Calcutta medical institutions reports 1879-81 [i.e.91]
Year: 1879
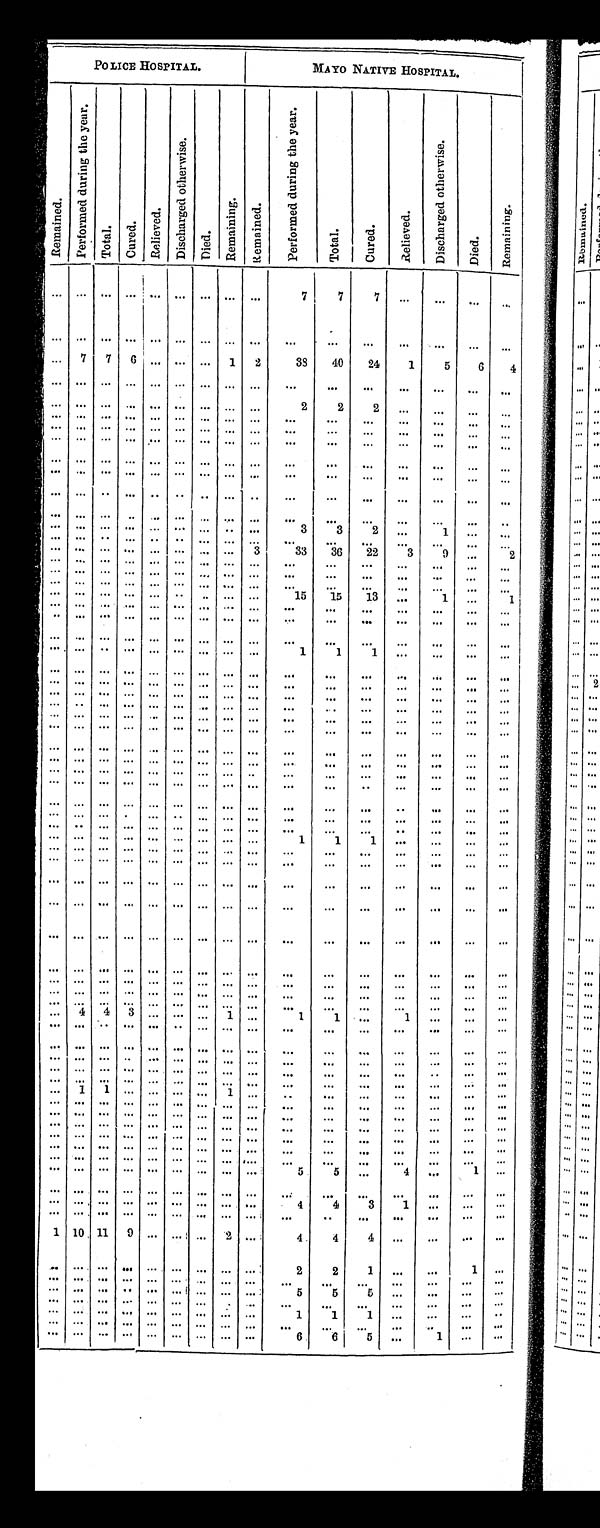
POLICE HOSPITAL.
MAYO NATIVE HOSPITAL.
R e m a i n e d .
P e r f o r m e d d u r i n g t h e y e a r .
Tot al .
C u r e d .
R e l i e v e d .
Di s c h a r g e d o t h e r wi s e
Di e d .
Remai ni ng.
R e m a i n e d .
P e r f o r m e d d u r i n g t h e y e a r .
T o t a l .
C u r e d .
R e l i e v e d .
D i s c h a r g e d o t h e r w i s e .
D i e d .
R e m a i n i n g .
. . .
. . . . . . . . .
. . . . . . . . . . . . . . .
7
7
7
. . .
. . .
. . .
. . .
. . .
. . . . . . . . .
. . .
. . . . . . . . . . . .
. . .
. . .
. . .
. . .
. . .
. . .
. . .
. . . 7
7
6
. . . . . . . . .
1
2
38
40
24
1
5
6
4
. . .
. . . . . .
. . .
. . . . . . . . . . . .
. . .
. . .
. . .
. . .
. . .
. . .
. . .
. . .
. . .
. . . . . .
. . .
. . . . . . . . . . . .
. . .
2
2
2
. . .
. . .
. . .
. . .
. . .
. . .
. . .
. . .
. . . . . . . . . . . .
. . .
. . .
. . .
. . .
. . .
. . .
. . .
. . .
. . .
. . .
. . .
. . .
. . . . . . . . . . . .
. . .
. . .
. . .
. . . . . .
. . .
. . .
. . .
. . .
. . .
. . .
. . .
. . . . . . . . . . . .
. . .
. . .
. . .
. . .
. . .
. . .
. . .
. . .
. . .
. . .
. . .
. . .
. . . . . . . . . . . .
. . .
. . .
. . .
. . .
. . .
. . .
. . .
. . .
. . .
. . . . . . . . .
. . .
. . . . . . . . .
. . .
. . .
. . .
. . .
. . .
. . .
. . .
. . .
. . .
. . . . . .
. . .
. . .
. . . . . . . . .
. . .
. . .
. . .
. . .
. . .
. . .
. . .
. . .
. . .
. . .
. . .
. . .
. . . . . . . . . . . .
. . .
. . .
. . .
. . .
. . .
. . .
. . .
. . .
. . .
. . .
. . .
. . .
. . .
. . . . . . . . .
. . .
3
3
2
. . .
1
. . .
. . .
. . .
. . .
. . .
. . .
. . .
. . . . . . . . .
. . .
. . .
. . .
. . .
. . .
. . .
. . .
. . .
. . .
. . . . . . . . .
. . . . . . . . . . . .
3
3 3
36
2 2
3
9
. . .
2
. . .
. . .
. . .
. . .
. . .
. . . . . . . . .
. . .
. . .
. . .
. . .
. . .. . .
. . .
. . .
. . .
. . .
. . .
. . .
. . .
. . . . . . . . .
. . .
. . .
. . .
. . .
. . .
. . .
. . .
. . .
. . .
. . .
. . .
. . .
. . .
. . . . . . . . .
. . .
. . .
. . .
. . .
. . .
. . .
. . .
. . .
. . .
. . .
. . .
. . .
. . .
. . . . . . . . .
. . .
15
15
13
. . .
1
. . .
1
. . .
. . .
. . .
. . .
. . . . . . . . . . . .
. . .
. . .
. . .
. . .
. . .
. . .
. . .
. . .
. . .
. . .
. . .
. . .
. . .
. . . . . . . . .
. . .
. . .
. . .
. . .
. . .
. . .
. . .
. . .
. . .
. . .
. . .
. . .
. . .
. . . . . . . . .
. . .
. . .
. . .
. . .
. . .
. . .
. . .
. . .
. . .
. . .
. . .
. . .
. . .
. . . . . . . . .
. . .
1
1
1
. . .
. . .
. . .
. . .
. . .
. . .
. . .
. . .
. . .
. . . . . . . . .
. . .
. . . . . .
. . .
. . .
. . .
. . .
. . .
. . .
. . .
. . .
. . .
. . .
. . . . . . . . .
. . .
. . . . . .
. . .
. . .
. . .
. . .
. . .
. . .
. . . . . . . . .
. . .. . . . . . . . .
. . .
. . .
. . .
. . .
. . .
. . .
. . .
. . .
. . .
. . .
. . .
. . .
. . .
. . . . . . . . .
. . .
. . .
. . .
. . .
. . .
. . .
. . .
. . .
. . .
. . .
. . .
. . .
. . .
. . . . . . . . .
. . .
. . .
. . .
. . .
. . .
. . .
. . .
. . .
. . .
. . .
. . .
. . .
. . .
. . . . . . . . .
. . .
. . .
. . .
. . .
. . .
. . .
. . .
. . .
. . .
. . .
. . .
. . .
. . .
. . . . . . . . .
. . .
. . .
. . .
. . .
. . .
. . .
. . .
. . .
. . .
. . .
. . .
. . .
. . .
. . . . . . . . .
. . .
. . .
. . .
. . .
. . .
. . .
. . .
. . .
. . .
. . .
. . .
. . .
. . .
. . . . . . . . .
. . . . . .
. . .
. . . . . .
. . .
. . .
. . .
. . .
. . .
. . .
. . .
. . .
. . . . . . . . .
. . .
. . .
. . .
. . .
. . .
. . .
. . .
. . .
. . .
. . .
. . .
. . .
. . .
. . . . . . . . .
. . .
. . .
. . .
. . .
. . .
. . .
. . .
. . .
. . .
. . .
. . .
. . .
. . .
. . . . . . . . .
. . .
. . .
. . .
. . .
. . .
. . .
. . .
. . .
. . .
. . .
. . .
. . .
. . .
. . . . . . . . .
. . .
. . .
. . .
. . .
. . .
. . .
. . .
. . .
. . .
. . .
. . .
. . .
. . .
. . . . . . . . .
. . .
1
1
1
. . .
. . .
. . .
. . .
. . .
. . .
. . .
. . .
. . .
. . . . . . . . .
. . .
. . .
. . .
. . .
. . .
. . .
. . .
. . .
. . .
. . .
. . .
. . .
. . .
. . . . . . . . .
. . .
. . .
. . .
. . .
. . .
. . .
. . .
. . .
. . .
. . .
. . .
. . .
. . .
. . . . . . . . .
. . .
. . .
. . .
. . .
. . .
. . .
. . .
. . .
. . .
. . .
. . .
. . .
. . .
. . . . . . . . .
. . .
. . .
. . .
. . .
. . .
. . .
. . .
. . .
. . .
. . .
. . .
. . .
. . . . . . . . . . . .
. . .
. . .
. . .
. . .
. . .
. . .
. . .
. . .
. . .
. . . . . . . . .
. . .. . . . . . . . .
. . . . . .
. . .
. . .
. . .
. . .
. . .
. . .
. . .
. . .
. . .
. . .
. . .
. . . . . . . . .
. . .
. . .
. . .
. . .
. . .
. . .
. . .
. . .
. . .
. . .
. . .
. . .
. . .
. . . . . . . . .
. . . . . .
. . .
. . .
. . .
. . .
. . .
. . .
. . .
. . .
. . .
. . .
. . .
. . . . . . . . .
. . .
. . .
. . .
. . .
. . .
. . .
. . .
. . .
3
4 4
. . .
. . . . . . . . . 1
. . .
1
1
. . .
1
. . .
. . .
. . .
. . .
. . .
. . .
. . .
. . . . . . . . . . . .
. . .
. . .
. . .
. . .
. . .
. . .
. . .
. . .
. . .
. . .
. . .
. . .
. . . . . . . . . . . .
. . .
. . .
. . .
. . .
. . .
. . .
. . .
. . .
. . .
. . .
. . .
. . .
. . . . . . . . . . . .
. . .
. . .
. . .
. . .
. . .
. . .
. . .
. . .
. . .
. . .
. . .
. . .
. . . . . . . . . . . .
. . .
. . .
. . .
. . .
. . .
. . .
. . .
. . .
. . .
. . .
. . .
. . .
. . . . . . . . . . . .
. . .
. . .
. . .
. . .
. . .
. . .
. . .
. . .
1 1
. . .
1
. . .
. . .. . . . . .
. . . . . .
. . .
. . .
. . .
. . .
. . .
. . .
. . . . . .
. . .
. . . . . . . . . . . . . . .
. . .
. . .
. . .
. . .
. . .
. . . . . .
. . .
. . .
. . . . . . . . .
. . .. . . . . . . . .
. . .
. . .
. . .
. . .
. . .
. . .
. . .
. . .
. . .
. . .
. . .
. . .
. . . . . . . . . . . .
. . .
. . .
. . .
. . .
. . .
. . .
. . .
. . .
. . .
. . .
. . .
. . .
. . . . . . . . . . . .
. . .
. . .
. . .
. . .
. . .
. . .
. . .
. . .
. . .
. . .
. . .
. . .
. . .
. . . . . . . . .
. . .
. . .
. . .
. . .
. . .
. . .
. . .
. . .
. . .
. . . . . . . . .
. . . . . . . . . . . .
. . . . . .
. . .
. . .
. . .
. . .
. . .
. . .
. . .
. . .
. . .
. . .
. . .
. . . . . . . . .
. . .
5
5
. . .
4
. . .
1
. . .
. . .
. . .
. . .
. . . . . . . . . . . . . . .
. . .
. . .
. . .
. . .
. . .
. . .
. . . . . .
. . . . . .
. . .
. . .
. . .
. . . . . . . . .
. . .
4
4
3
1
. . .
. . .
. . .
. . .
. . . . . .
. . .
. . . . . . . . . . . .
. . .
. . .
. . .
. . .
. . .
. . .
. . .
. . .
1 10 11
9 . . . . . . . . .
2
. . .
4
4
4
. . .
. . .
. . .
. . .
. . . . . .
. . . . . . . . . . . . . . . . . .
. . .
2
2
1
. . .
. . .
1
. . .
. . . . . .
. . .
. . . . . . . . . . . . . . .
. . .
. . .
. . .
. . .
. . .
. . .
. . .
. . .
. . . . . .
. . . . . . . . . . . . . . . . . .
. . .
5
5
5
. . .
. . .
. . .
. . .
. . . . . .
. . .
. . . . . . . . . . . . . . .
. . .
. . .
. . .
. . .
. . .
. . .
. . .
. . .
. . . . . .
. . .
. . . . . . . . . . . . . . .
. . .
1
1
1
. . .
. . .
. . .
. . .
. . . . . .
. . .
. . . . . . . . . . . . . . .
. . .
. . . . . .
. . .
. . .
. . . . . .
. . .
. . . . . .
. . .
. . . . . . . . . . . . . . .
. . .
6
6
5
. . . 1
. . .
. . .